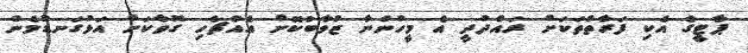
ޕާޓީގެ އެކި ފަރާތްތަކަށް ރައްދުދީ އެ މީހުންނާ ޒުވާބުކޮށް އެއްޗެހި ގޮވާކަށް އަޅުގަނޑުމެން